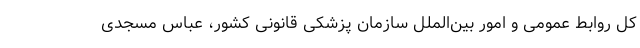
کل روابط عمومی و امور بین‌الملل سازمان پزشکی قانونی کشور، عباس مسجدی